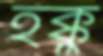
হক্কু